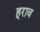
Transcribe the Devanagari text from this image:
हूराव